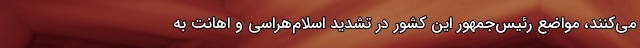
می‌کنند، مواضع رئیس‌جمهور این کشور در تشدید اسلام‌هراسی و اهانت به